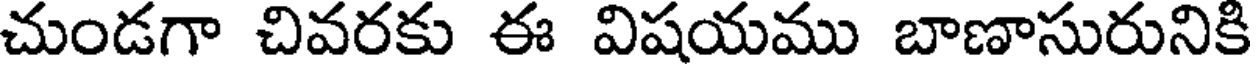
చుండగా చివరకు ఈ విషయము బాణాసురునికి